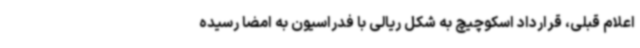
اعلام قبلی، قرارداد اسکوچیچ به شکل ریالی با فدراسیون به امضا رسیده